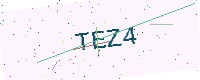
Text: TEZ4